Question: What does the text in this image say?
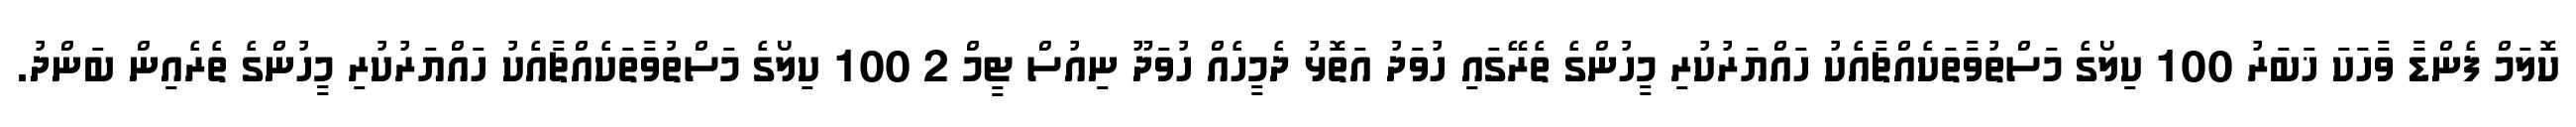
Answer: ކޮލަމް ފެންޑާ ވާހަކަ ޚަބަރު 100 ކިލޯގެ މަސްތުވާތަކެއްޗާއެކު ހައްޔަރުކުރި މީހުންގެ ތެރޭގައި ހުވަދު އަތޮޅު ދެމީހެއް ހުވަދޫ ނިއުސް ޓީމް 2 100 ކިލޯގެ މަސްތުވާތަކެއްޗާއެކު ހައްޔަރުކުރި މީހުންގެ ތެރެއިން ބަންދު.